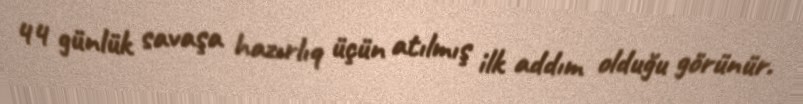
44 günlük savaşa hazırlıq üçün atılmış ilk addım olduğu görünür.